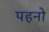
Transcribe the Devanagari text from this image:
पहनो